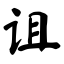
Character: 诅